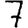
Digit: 7